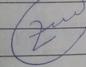
Signature authenticity: genuine